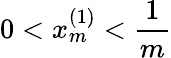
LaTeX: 0<x_{m}^{(1)}<\frac{1}{m}